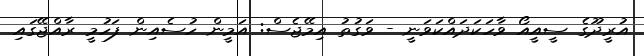
އުރީދޫގެ ސީއީއޯ ވާހަކަދައްކަވަނީ - ވަގުތު އިމޭޖެސް: އަމީން ހުސެއިން ފަހުމީ ރާއްޖޭގައި